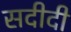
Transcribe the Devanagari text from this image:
सदीदी